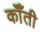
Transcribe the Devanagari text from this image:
कॉँती